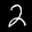
Label: 2